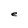
Character: e